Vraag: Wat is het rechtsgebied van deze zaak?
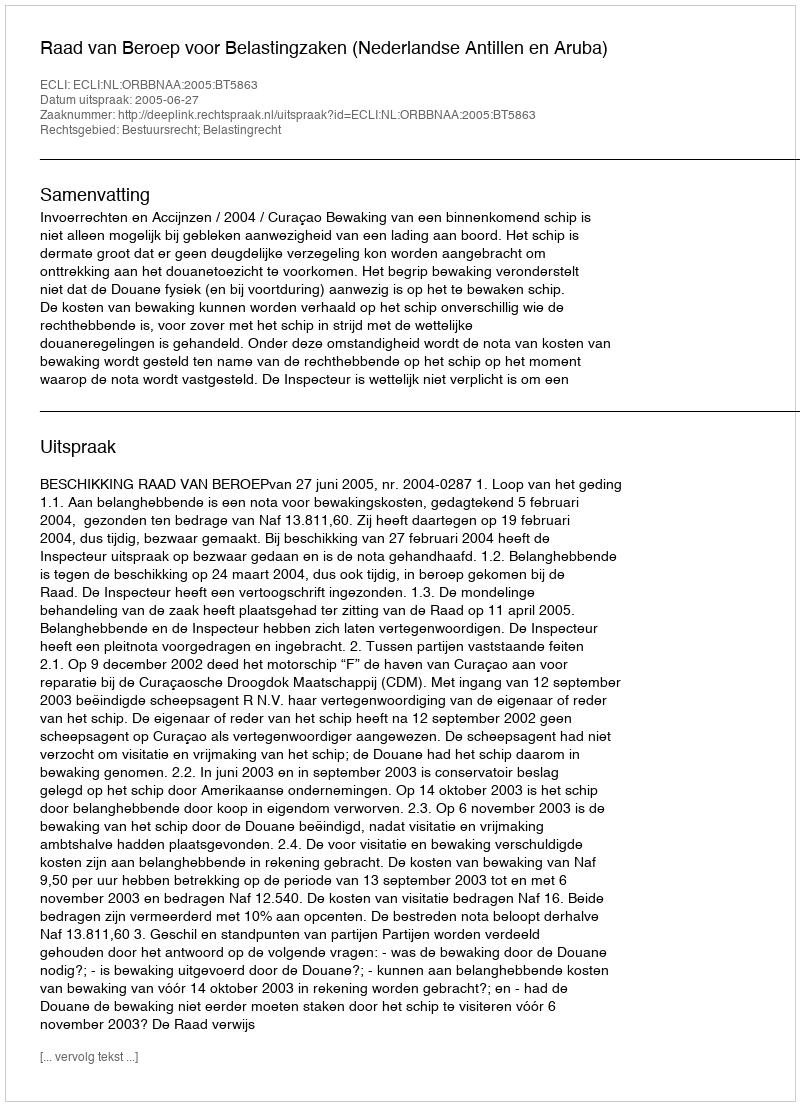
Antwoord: Bestuursrecht; Belastingrecht